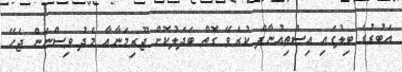
އަބުރުގެ ބިލުގައި އިސްތިއުނާފް ކުރެވޭ ގޮތް ބަދަލުކޮށް ޖޫރިމަނާއާ މެދު ވިސްނަން ޖެހޭ